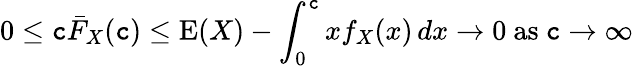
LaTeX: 0\leq\mathtt{c}{\bar{{F}}}_{X}(\mathtt{c})\leq\operatorname{E}(X)-\int_{0}^{\mathtt{c}}xf_{X}(x)\, dx\to0{\mathrm{{~as~}}}\mathtt{c}\to\infty